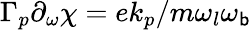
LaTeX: \Gamma_{p}\partial_{\omega}\chi=ek_{p}/m\omega_{l}\omega_{\mathsf{b}}